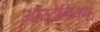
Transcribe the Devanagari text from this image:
ऑस्ट्रेलियन्